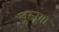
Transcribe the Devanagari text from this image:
खुस्नूमा